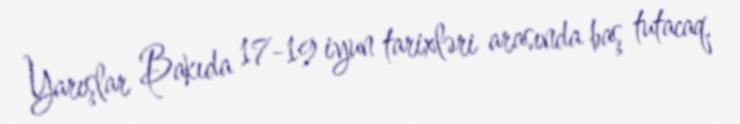
Yarışlar Bakıda 17-19 iyun tarixləri arasında baş tutacaq.